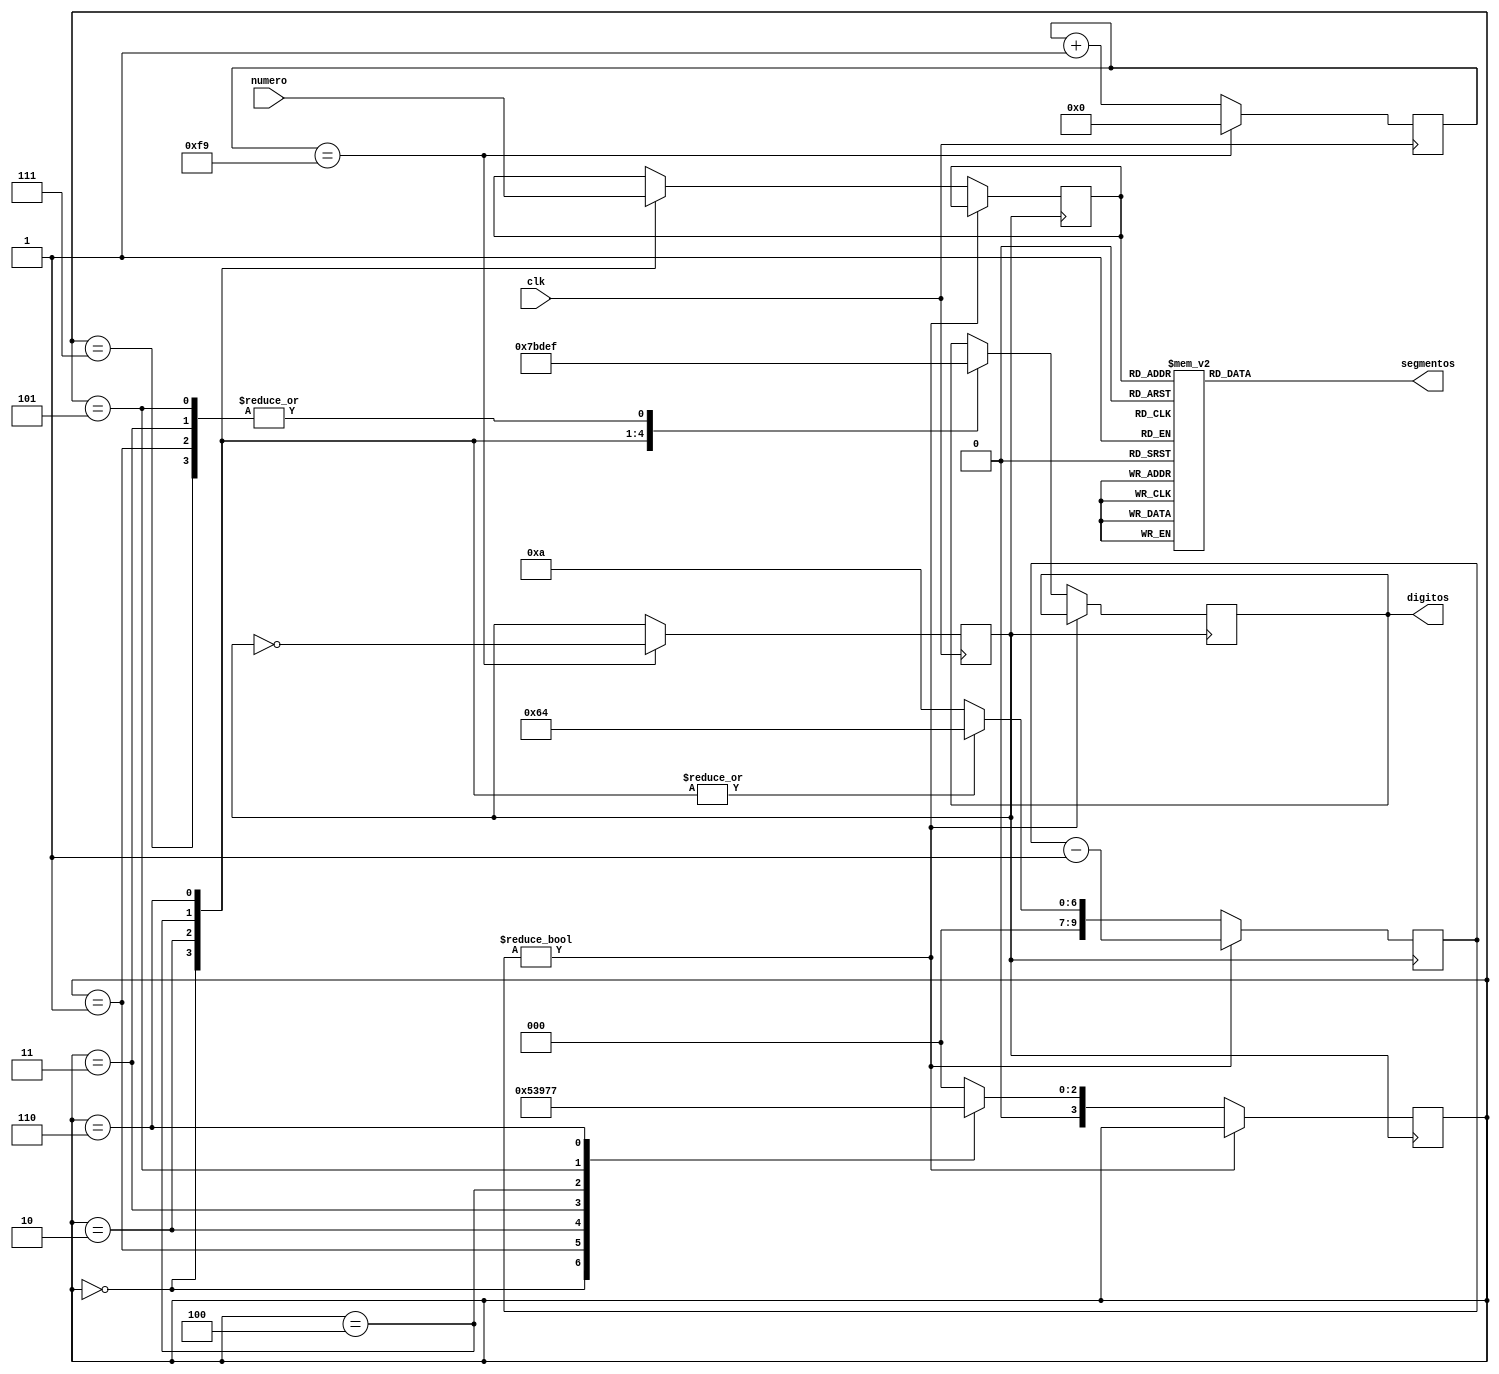
// Verilog
// Modulo de driver de display de 7 segmentos, este modulo toma un numero de 16 bites y lo muestra en 4 displays de 7segm multiplexados
// segmentos[7:0] -> DP-G...A
// digitos[3:0] -> MSD--LSD    (catodo comun)

// Barrido configurable y blanking interdigito
//v0.2

module display_driver(
	input clk,                      // clk: 50MHz
	input [15:0] numero,            //numeros a mostrar en formato DCBA
	output reg [7:0] segmentos,	    //lineas driver de los segmentos
	output reg [3:0] digitos		//lineas driver de los digitos
	);
	

parameter cuenta_top = 8'd249;	//constante parametrizable de tiempo

parameter periodo_blanking = 10'd10;	//10 veces 10uS = 100uS
parameter periodo_muestra  = 10'd100;   //100 veces 10uS = 1mS

reg [9:0] temporizador_display;	//contador para temporizar cuanto tiempo se muestra un digito o se hace blanking
reg [7:0] pre_escaler;				//pre escalador para dividir el clock un poco
reg [3:0] estado_display;			//estado en el que esta el display

reg clock_display;		//registro del clock que va a mover el display  		
reg [3:0] bus_dcba;		//bus que va a contener los bites de DCBA <- TO DO: Modificar para tener Blank y DP.


//------------- prescaler para dividir 50MHz en 500 ----------
// de modo que clock_display = 100KHz -> 10uS cada clock
always @(posedge clk) begin
		if (pre_escaler==cuenta_top) begin
			pre_escaler = 0;
			clock_display = ~clock_display; 
//			if (clock_display == 1'b1) begin 
//				clock_display = 1'b0;
//				end
//			else begin
//				clock_display = 1'b1;
//				end
			end
		else begin
			pre_escaler = pre_escaler+1'b1;
			end
		end

//-------- contador de display y generador de clock ------------
//----------- maquina de etaados para multiplexar display -----------
always @(posedge clock_display) begin
		if (temporizador_display != 9'd0) begin
			temporizador_display <= temporizador_display - 1'b1;
			end
		else begin
			case (estado_display) 
				4'd0   : begin //muestro primer digito.
							 bus_dcba <= numero[15:12]; //segmentos <= 8'h19 para prueba;								 
							 digitos <= 4'b0111;
							 estado_display <= 4'd1;
							 temporizador_display <= periodo_muestra;	//temporizo este periodo
							 end
				4'd1   : begin //hago blanking							
							 //segmentos <= 8'h0;
							 digitos <= 4'b1111;
							 estado_display <= 4'd2;
							 temporizador_display <= periodo_blanking;
							 end
				4'd2   : begin //muestro degundo digito
							 bus_dcba <= numero[11:8];
							 //segmentos <= 8'h22;
							 digitos <= 4'b1011;
							 estado_display <= 4'd3;
							 temporizador_display <= periodo_muestra;	//temporizo
							 end
				4'd3   : begin //hago blanking
							 //segmentos <= 8'h0;
							 digitos <= 4'b1111;
							 estado_display <= 4'd4;
							 temporizador_display <= periodo_blanking;
							 end
				4'd4   : begin //muestro tercer digito
							 bus_dcba <= numero[7:4];;
							 //segmentos <= 8'h44;
							 digitos <= 4'b1101;
							 estado_display <= 4'd5;
							 temporizador_display <= periodo_muestra;	//temporizo
							 end
				4'd5   : begin //hago blanking
							 //segmentos <= 8'h0;
							 digitos <= 4'b1111;
							 estado_display <= 4'd6;
							 temporizador_display <= periodo_blanking;
							 end
				4'd6   : begin //muestro cuarto digito
							 bus_dcba <= numero[3:0];
							 //segmentos <= 8'h7F;
							 digitos <= 4'b1110;
							 estado_display <= 4'd7;
							 temporizador_display <= periodo_muestra;	//temporizo
							 end
				4'd7   : begin //hago blanking
							 //segmentos <= 8'h0;
							 digitos <= 4'b1111;
							 estado_display <= 4'd0;
							 temporizador_display <= periodo_blanking;
							 end
				default : begin //blanking
							 estado_display <= 4'd0;
							 temporizador_display <= periodo_blanking;
							 end
				endcase
			end
end
	

//----------- combinacional para convertir bin a 7 segm	----------
always @(bus_dcba)
    begin
      case (bus_dcba) //           pGFEDCBA
        4'b0000 : segmentos <= 8'b00111111;  //0
        4'b0001 : segmentos <= 8'b00000110;  //1
        4'b0010 : segmentos <= 8'b01011011;  //2
        4'b0011 : segmentos <= 8'b01001111;  //3
        4'b0100 : segmentos <= 8'b01100110;  //4     
        4'b0101 : segmentos <= 8'b01101101;  //5
        4'b0110 : segmentos <= 8'b01111101;  //6
        4'b0111 : segmentos <= 8'b00000111;  //7
        4'b1000 : segmentos <= 8'b01111111;  //8
        4'b1001 : segmentos <= 8'b01101111;  //9
        4'b1010 : segmentos <= 8'b01110111;  //A
        4'b1011 : segmentos <= 8'b01111100;  //b
        4'b1100 : segmentos <= 8'b00111001;  //C 
        4'b1101 : segmentos <= 8'b01011110;  //d
        4'b1110 : segmentos <= 8'b01111001;  //E
        4'b1111 : segmentos <= 8'b01110001;  //F 
      endcase
    end // always @ (bus)
	 
	 
endmodule